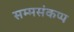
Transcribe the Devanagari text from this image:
सम्मसंकप्प